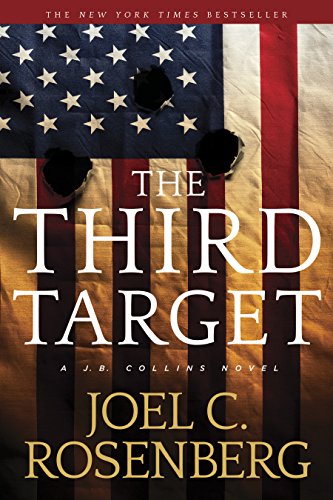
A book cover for The Third Target: A J. B. Collins Novel; Joel C. Rosenberg; Mystery, Thriller & Suspense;